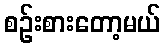
စဉ်းစားတော့မယ်